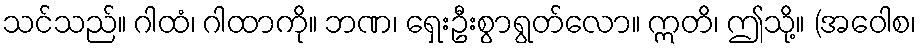
သင်သည်။ ဂါထံ၊ ဂါထာကို။ ဘဏ၊ ရှေးဦးစွာရွတ်လော။ ဣတိ၊ ဤသို့။ (အဝေါစ၊